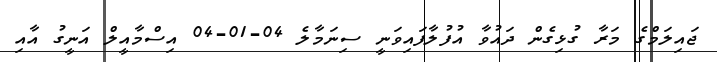
ޖައިލަމްގެ މަރާ ގުޅިގެން ދައުވާ އުފުލާފައިވަނީ ސިނަމާލެ 04-01-04 އިސްމާއީލް އަނީގު އާއި